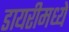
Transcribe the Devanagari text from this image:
डायरीमध्ये